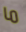
ما